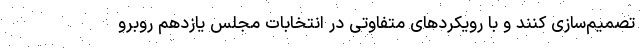
تصمیم‌سازی کنند و با رویکردهای متفاوتی در انتخابات مجلس یازدهم روبرو